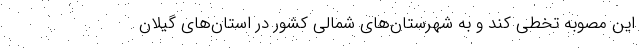
این مصوبه تخطی کند و به شهرستان‌های شمالی کشور در استان‌های گیلان